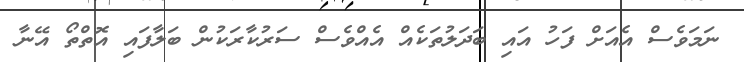
ނަމަވެސް އެއަށް ފަހު އައި ބަދަލުތަކެއް އެއްވެސް ސަރުކާރަކުން ބަލާފައި އޮތްތޯ އޭނާ